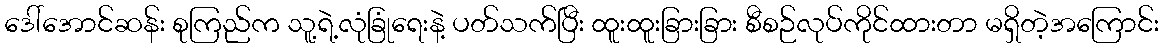
ဒေါ်အောင်ဆန်း စုကြည်က သူ့ရဲ့လုံခြုံရေးနဲ့ ပတ်သက်ပြီး ထူးထူးခြားခြား စီစဉ်လုပ်ကိုင်ထားတာ မရှိတဲ့အကြောင်း